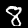
Digit: 8